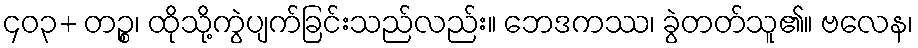
၄၀၃+ တဉ္စ၊ ထိုသို့ကွဲပျက်ခြင်းသည်လည်း။ ဘေဒကဿ၊ ခွဲတတ်သူ၏။ ဗလေန၊